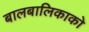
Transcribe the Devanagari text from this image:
बालबालिकाको